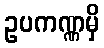
ဥပကဏ္ဏမှိ